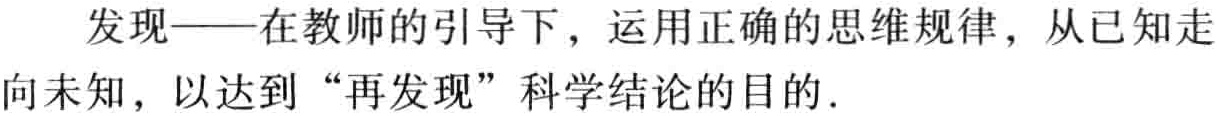
发现——在教师的引导下，运用正确的思维规律，从已知走向未知，以达到“再发现”科学结论的目的.